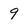
Character: 9